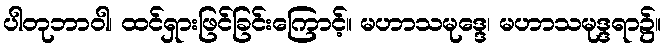
ပါတုဘာဝါ၊ ထင်ရှားဖြင်ခြင်းကြောင့်။ မဟာသမုဒ္ဒေ၊ မဟာသမုဒ္ဒရာ၌။